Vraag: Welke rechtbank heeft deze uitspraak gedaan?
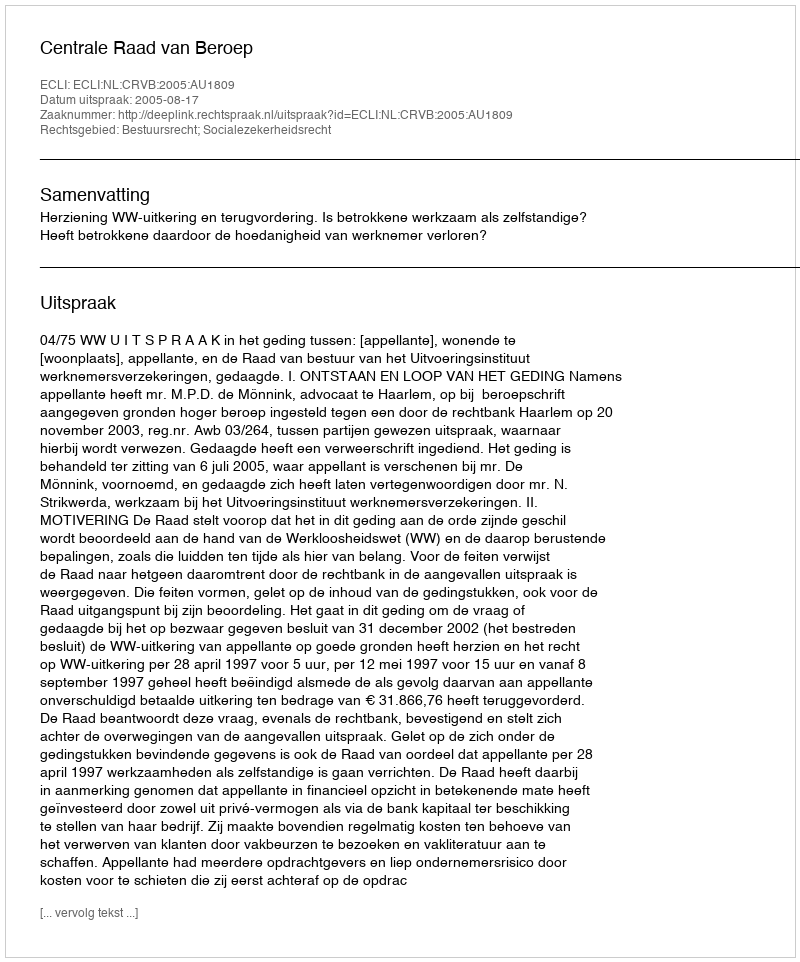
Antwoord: Centrale Raad van Beroep